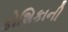
કોશિકાની